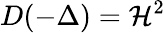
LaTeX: D(-\Delta)=\mathcal{H}^{2}